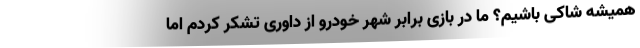
همیشه شاکی باشیم؟ ما در بازی برابر شهر خودرو از داوری تشکر کردم اما